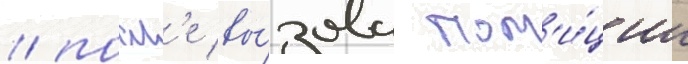
/ посл'е вы́зова пол'и́ции